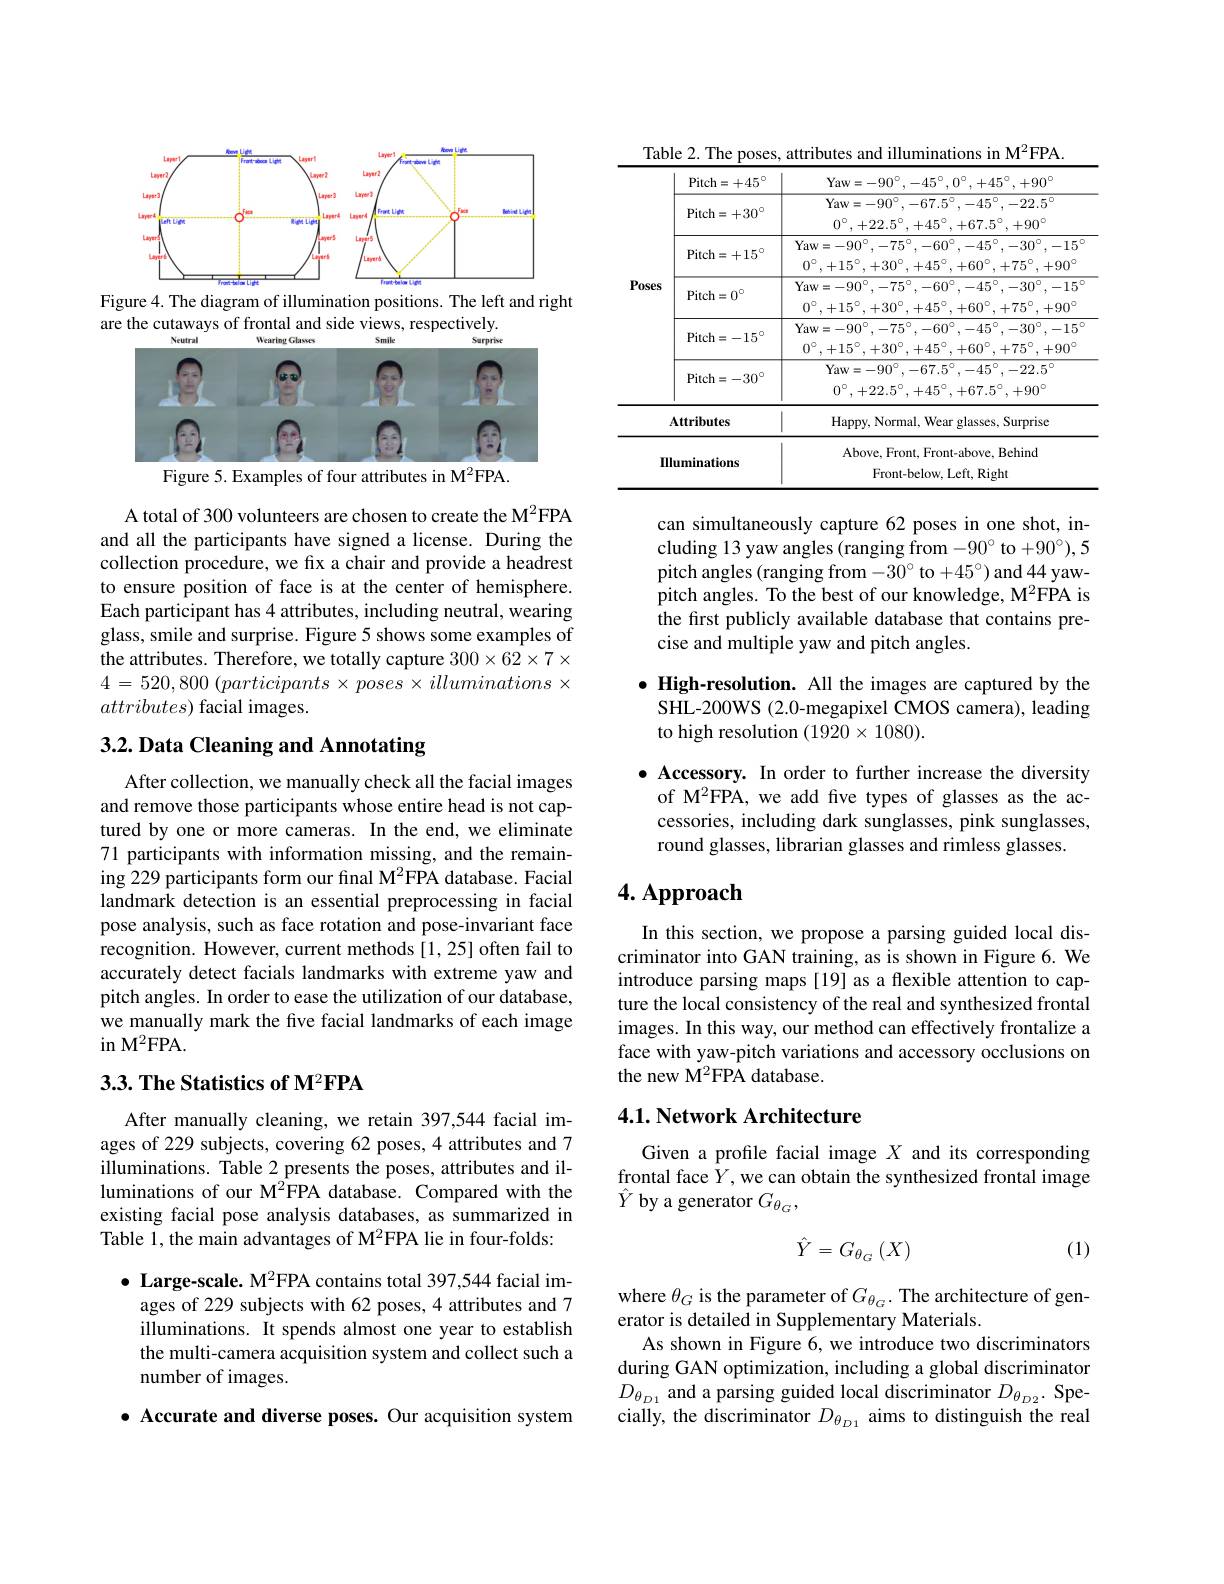
<FigureHere>
Figure 4. The diagram of illumination positions. The left and right

are the cutaways of frontal and side views, respectively.
<FigureHere>

Figure 5. Examples of four attributes in M$^{2}$FPA.

A total of 300 volunteers are chosen to create the M$^{2}$FPA and all the participants have signed a license. During the collection procedure, we fix a chair and provide a headrest to ensure position of face is at the center of hemisphere. Each participant has 4 attributes, including neutral, wearing glass, smile and surprise. Figure 5 shows some examples of the attributes. Therefore, we totally capture $300\times62\times7\times$ 4=520,800 $( participants\times poses\times illuminations\times$ $attributes)$ facial images.

# 3.2. Data Cleaning and Annotating

After collection, we manually check all the facial images and remove those participants whose entire head is not captured by one or more cameras. In the end, we eliminate 71 participants with information missing, and the remaining 229 participants form our final M$^{2}$FPA database. Facial landmark detection is an essential preprocessing in facial pose analysis, such as face rotation and pose-invariant face recognition. However, current methods [1,25] often fail to accurately detect facials landmarks with extreme yaw and pitch angles. In order to ease the utilization of our database, we manually mark the five facial landmarks of each image in $M^{2}$FPA.

### $3. 3. \textbf{ The Statistics of M}^{2}\textbf{FPA}$

After manually cleaning, we retain 397,544 facial images of 229 subjects, covering 62 poses, 4 attributes and 7 illuminations. Table 2 presents the poses, attributes and illuminations of our M$^{2}$FPA database. Compared with the existing facial pose analysis databases, as summarized in Table 1, the main advantages of M$^{2}$FPA lie in four-folds:

$\bullet$ Large-scale. M$^2$FPA contains total 397,544 facial im-
ages of 229 subjects with 62 poses, 4 attributes and 7 illuminations. It spends almost one year to establish the multi-camera acquisition system and collect such a number of images.

$\bullet$ Accurate and diverse poses. Our acquisition system

Table 2. The poses, attributes and illuminations in M$^{2}$FPA.
<table>
	<tbody>
		<tr>
			<td> </td>
			<td>Pitch= + 4$5^{\circ }$</td>
			<td>Yaw 00 $+90^{\circ}$</td>
		</tr>
		<tr>
			<td> </td>
			<td>Pitch= + 3$0^{\circ }$</td>
			<td>Yaw= - 9$0^{\circ }$, - 67. $5^{\circ }$, - 4$5^{\circ }$, - 22. $5^{\circ }$ $0^{\circ},+22.5^{\circ},+45^{\circ},+67.5^{\circ},+90^{\circ}$</td>
		</tr>
		<tr>
			<td> </td>
			<td>Pitch= + 1$5^{\circ }$</td>
			<td>Yaw= - 9$0^{\circ }$, - 7$5^{\circ }$, - 6$0^{\circ }$, - 4$5^{\circ }$, - 3$0^{\circ }$, - 1$5^{\circ }$ $0^{\circ }$ $, + 15^{\circ }$ , $+ 30^{\circ }$ , $+ 45^{\circ }$ , $+ 60^{\circ }$ , $+ 75^{\circ }$ , $+ 90^{\circ }$</td>
		</tr>
		<tr>
			<td rowspan="5">Poses $II$</td>
			<td>Pitch= $0^{\circ }$</td>
			<td>Yaw= - 9$0^{\circ }$, - 7$5^{\circ }$, - 6$0^{\circ }$, - 4$5^{\circ }$, - 3$0^{\circ }$, - 1$5^{\circ }$ $0^{\circ}.+15^{\circ}.+30^{\circ}.$ $+45^{\circ}$ $+60^{\circ},+75^{\circ},+90^{\circ}$</td>
		</tr>
		<tr>
			<td>Pitch= - 1$5^{\circ }$</td>
			<td>Yaw$=-90^{\circ},-75^{\circ},-60^{\circ},-45^{\circ},-30^{\circ},-15^{\circ}$ $0^{\circ},+15^{\circ},+30^{\circ},+45^{\circ},+60^{\circ},+75^{\circ},+90^{\circ}$</td>
		</tr>
		<tr>
			<td>Pitch= - 3$0^{\circ }$</td>
			<td>Yaw= - 9$0^{\circ }$, - 67. $5^{\circ }$, - 4$5^{\cup }$, - 22. 5 $0^{\circ},+22.5^{\circ},+45^{\circ},+67.5^{\circ},+90^{\circ}$</td>
		</tr>
		<tr>
			<td>Attributes</td>
			<td>Happy, Normal, Wear glasses, Surprise</td>
		</tr>
		<tr>
			<td>uminations</td>
			<td>Above, Front, Front-above, Behind Front-below, Left, Right</td>
		</tr>
	</tbody>
</table>

can simultaneously capture 62 poses in one shot, including 13 yaw angles (ranging from -90° to +90°),5 pitch angles (ranging from -30° to +45°) and 44 yawpitch angles. To the best of our knowledge, M$^2$FPA is the first publicly available database that contains precise and multiple yaw and pitch angles.

$\bullet$ High-resolution. All the images are captured by the SHL-200WS (2.0-megapixel CMOS camera), leading to high resolution $(1920\times1080).$

$\bullet$ Accessory. In order to further increase the diversity of M$^2$FPA, we add five types of glasses as the accessories, including dark sunglasses, pink sunglasses, round glasses, librarian glasses and rimless glasses.

# 4. Approach

In this section, we propose a parsing guided local discriminator into GAN training, as is shown in Figure 6. We introduce parsing maps [19] as a flexible attention to capture the local consistency of the real and synthesized frontal images. In this way, our method can effectively frontalize a face with yaw-pitch variations and accessory occlusions on the new M$^2$FPA database.

## 4.1. Network Architecture

Given a profile facial image $X$ and its corresponding frontal face $\hat{Y}$,we can obtain the synthesized frontal image $\hat{Y}$ by a generator $G_\theta_G$,

(1)
$$\hat{Y}=G_{\theta_{G}}\left(X\right)$$
where $\theta_G$ is the parameter of $G_{\theta_G}.$ The architecture of gen-
erator is detailed in Supplementary Materials.
As shown in Figure 6, we introduce two discriminators during GAN optimization, including a global discriminator $D_{\theta_{D1}}$ and a parsing guided local discriminator $D_{\theta_{D2}}.$ Specially, the discriminator $D_{\theta_{D1}}$ aims to distinguish the real